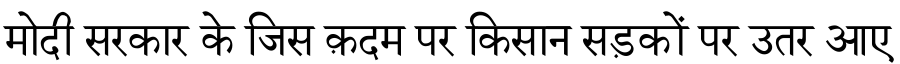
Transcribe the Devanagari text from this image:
मोदी सरकार के जिस क़दम पर किसान सड़कों पर उतर आए